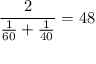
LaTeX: { \frac { 2 } { { \frac { 1 } { 6 0 } } + { \frac { 1 } { 4 0 } } } } = 4 8